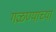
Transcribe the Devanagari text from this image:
गळण्याच्या